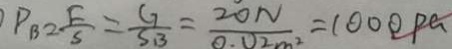
P _ { B } = \frac { F } { S } = \frac { G } { S B } = \frac { 2 0 N } { 0 . 0 2 m ^ { 2 } } = 1 0 0 0 P a